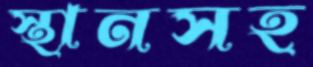
স্থানসহ